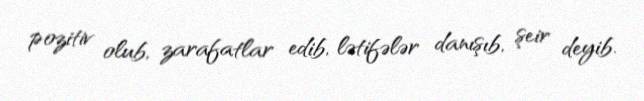
pozitiv olub, zarafatlar edib, lətifələr danışıb, şeir deyib.